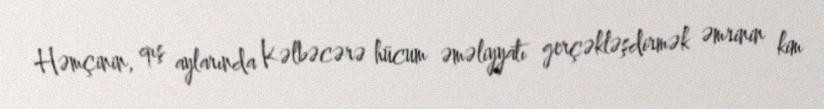
Həmçinin, qış aylarında Kəlbəcərə hücum əməliyyatı gerçəkləşdirmək əmrinin kim